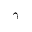
\gamma